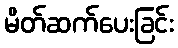
မိတ်ဆက်ပေးခြင်း